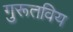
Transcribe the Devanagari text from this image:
गुरूतविय